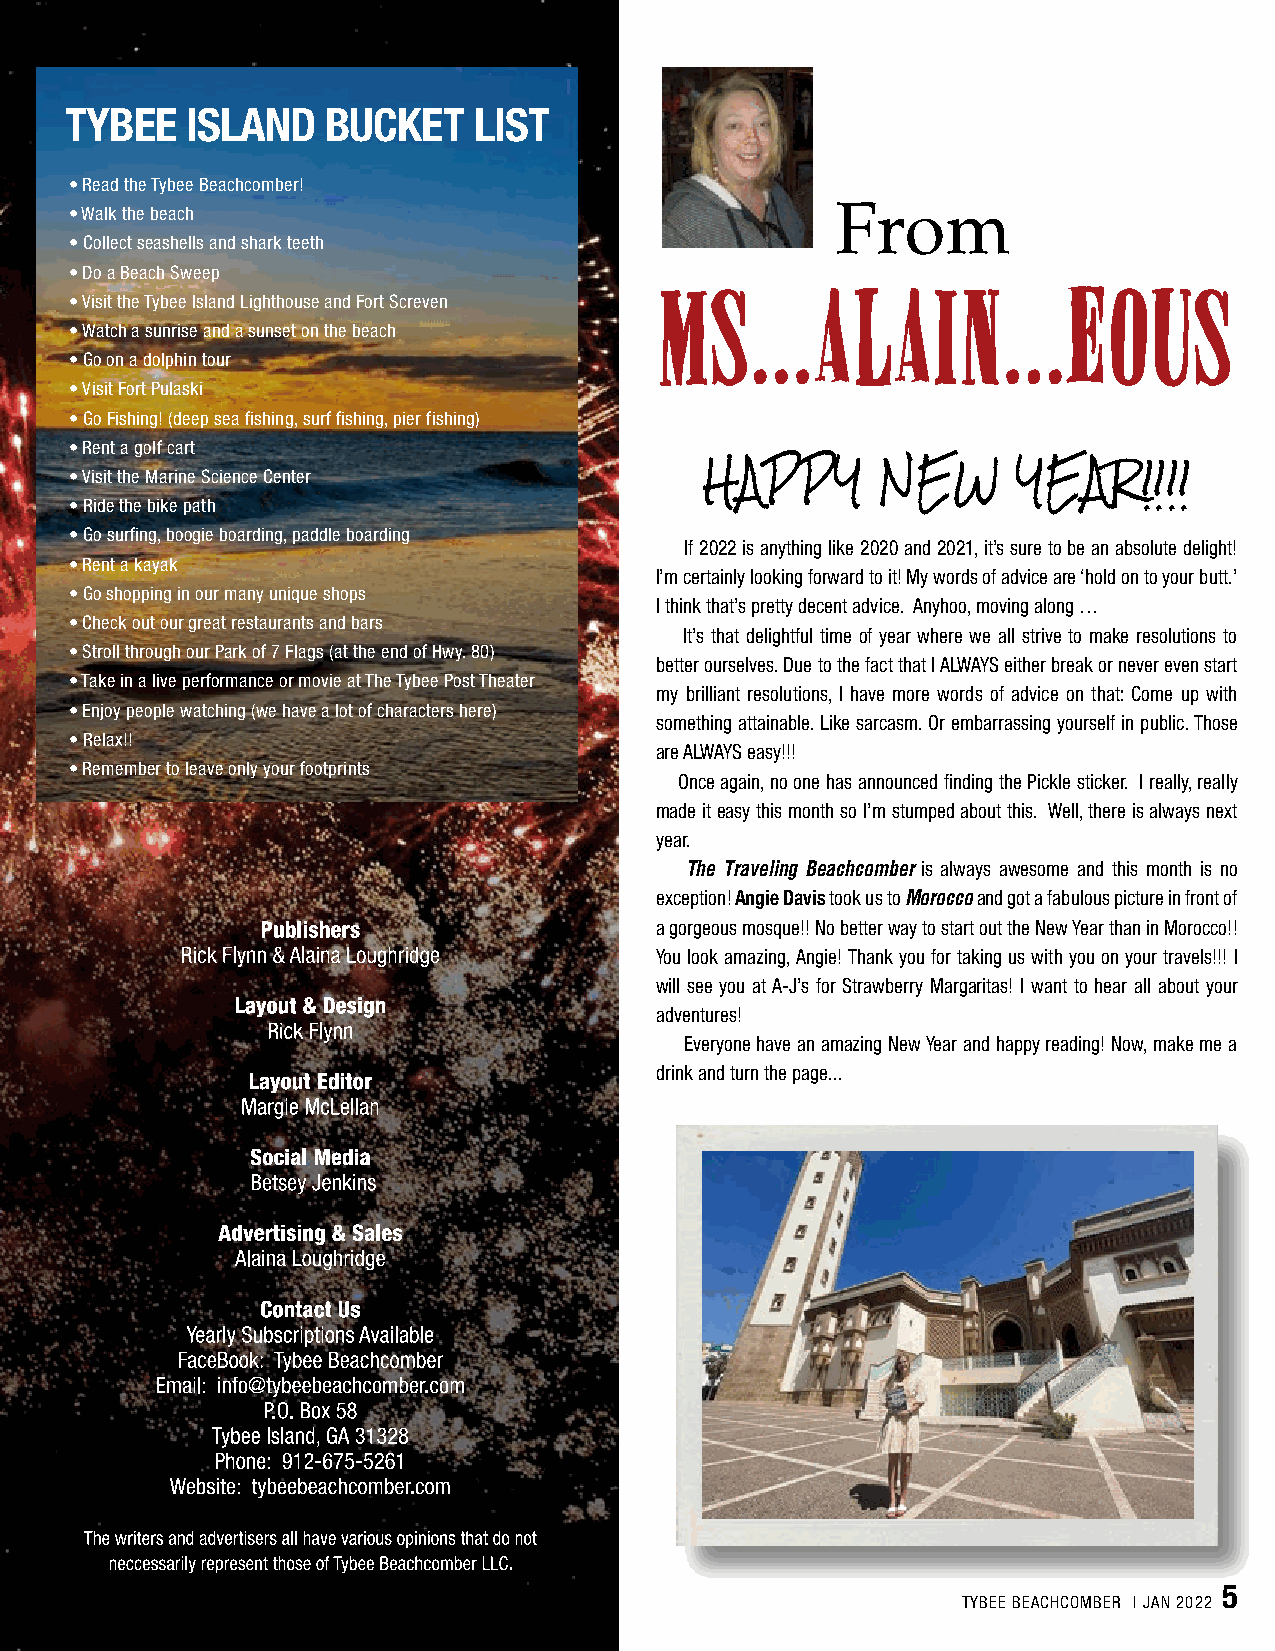
TYBEE   ISLAND    BUCKET   LIST
 • Read the Tybee Beachcomber!
 • Walk the beach                                  From
 • Collect seashells and shark teeth
 • Do a Beach Sweep
 Ms...Alain...eous
 • Visit the Tybee Island Lighthouse and Fort Screven
 • Watch a sunrise and a sunset on the beach
 • Go on a dolphin tour
 • Visit Fort Pulaski
 • Go Fishing! (deep sea fishing, surf fishing, pier fishing)
 • Rent a golf cart
 • Visit the Marine Science Center
 HAPPY      NEW      YEAR!!!!
 • Ride the bike path
 • Go surfing, boogie boarding, paddle boarding
 If 2022 is anything like 2020 and 2021, it’s sure to be an absolute delight!
 • Rent a kayak
 I’m certainly looking forward to it! My words of advice are ‘hold on to your butt.’
 • Go shopping in our many unique shops
 I think that’s pretty decent advice. Anyhoo, moving along …
 • Check out our great restaurants and bars
 It’s that delightful time of year where we all strive to make resolutions to
 • Stroll through our Park of 7 Flags (at the end of Hwy. 80)
 better ourselves. Due to the fact that I ALWAYS either break or never even start
 • Take in a live performance or movie at The Tybee Post Theater
 my brilliant resolutions, I have more words of advice on that: Come up with
 • Enjoy people watching (we have a lot of characters here)
 something attainable. Like sarcasm. Or embarrassing yourself in public. Those
 • Relax!!
 are ALWAYS easy!!!
 • Remember to leave only your footprints
 Once again, no one has announced finding the Pickle sticker. I really, really
 made it easy this month so I’m stumped about this. Well, there is always next
 year.
 The Traveling Beachcomber is always awesome and this month is no
 exception! Angie Davis took us to Morocco and got a fabulous picture in front of
 a gorgeous mosque!! No better way to start out the New Year than in Morocco!!
 You look amazing, Angie! Thank you for taking us with you on your travels!!! I
 will see you at A-J’s for Strawberry Margaritas! I want to hear all about your
 adventures!
 Everyone have an amazing New Year and happy reading! Now, make me a
 drink and turn the page...
 EMBEDDED WITH MS...ALAIN...EOUS
 5
 TYBEE BEACHCOMBER | JAN 2022